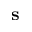
\mathbf { s }